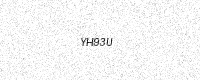
Text: YH93U